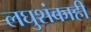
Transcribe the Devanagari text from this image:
लघुशंकाही